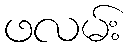
ဖလမ်း